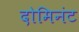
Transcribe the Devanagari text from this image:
दोमिनंट